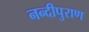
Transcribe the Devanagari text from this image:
नन्दीपुराण